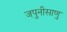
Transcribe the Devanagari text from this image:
जपुनीसाणु